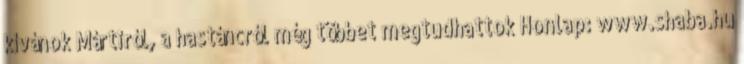
kívánok Mártiról, a hastáncról még többet megtudhattok Honlap: www.shaba.hu